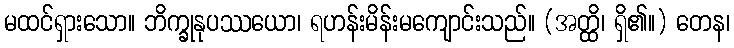
မထင်ရှားသော။ ဘိက္ခုနုပဿယော၊ ရဟန်းမိန်းမကျောင်းသည်။ (အတ္ထိ၊ ရှိ၏။) တေန၊